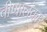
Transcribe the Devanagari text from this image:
वीणालंकार